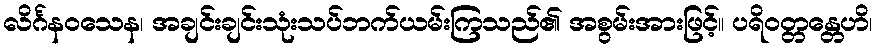
လိင်္ဂနဝသေန၊ အချင်းချင်းသုံးသပ်ဘက်ယမ်းကြသည်၏ အစွမ်းအားဖြင့်။ ပရိဝတ္တန္တေဟိ၊